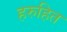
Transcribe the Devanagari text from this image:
हरुहित